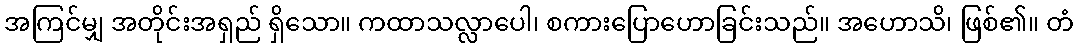
အကြင်မျှ အတိုင်းအရှည် ရှိသော။ ကထာသလ္လာပေါ၊ စကားပြောဟောခြင်းသည်။ အဟောသိ၊ ဖြစ်၏။ တံ